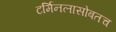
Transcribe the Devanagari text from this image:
टर्मिनलासोबतच